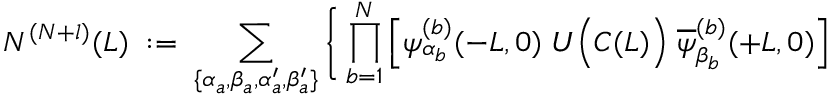
N ^ { ( N + l ) } ( L ) \; : = \; \sum _ { \{ \alpha _ { a } , \beta _ { a } , \alpha _ { a } ^ { \prime } , \beta _ { a } ^ { \prime } \} } \Bigg \{ \prod _ { b = 1 } ^ { N } \left[ \psi _ { \alpha _ { b } } ^ { ( b ) } ( - L , 0 ) \; U \Big ( { \cal C } ( L ) \Big ) \; \overline { { { \psi } } } _ { \beta _ { b } } ^ { ( b ) } ( + L , 0 ) \right]